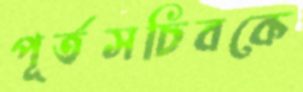
পূর্তসচিবকে